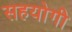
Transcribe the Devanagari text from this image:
सहयाेगी